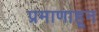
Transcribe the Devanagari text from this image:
प्रमाणाहून